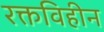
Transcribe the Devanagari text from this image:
रक्तविहीन